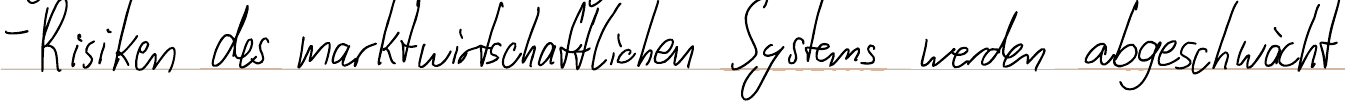
- Risiken des marktwirtschaftlichen Systems werden abgeschwächt